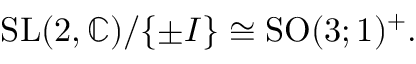
{ \mathrm { S L } } ( 2 , \mathbb { C } ) / \{ \pm I \} \cong { \mathrm { S O } } ( 3 ; 1 ) ^ { + } .